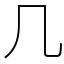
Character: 几